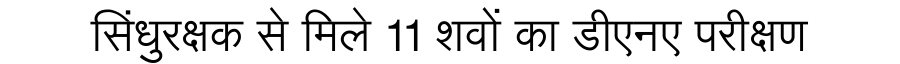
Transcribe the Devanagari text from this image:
सिंधुरक्षक से मिले 11 शवों का डीएनए परीक्षण